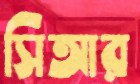
সিআর